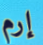
إرم